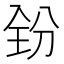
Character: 𪞇